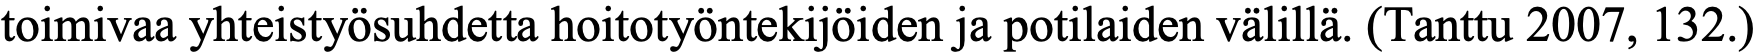
toimivaa yhteistyösuhdetta hoitotyöntekijöiden ja potilaiden välillä. (Tanttu 2007, 132.)